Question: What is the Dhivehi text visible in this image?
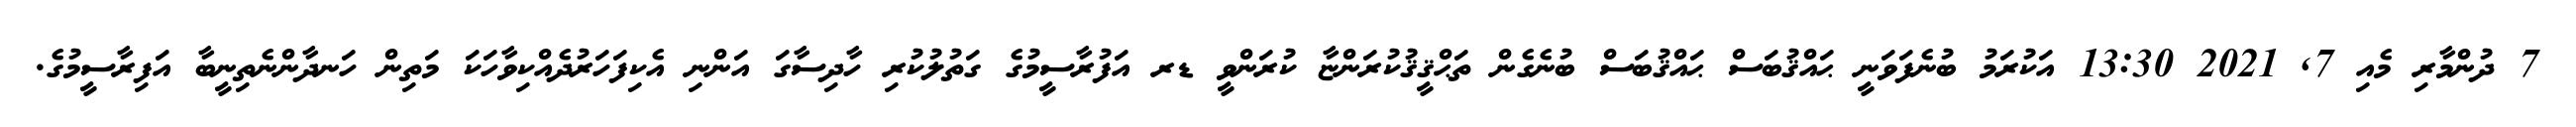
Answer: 7 ދުންމާރި މެއި 7, 2021 13:30 އަކުރަމު ބުނެފަވަނީ ޙައްޤުބަސް ޙައްޤުބަސް ބުނެގެން ތަޙްޤީޤުކުރަންޏާ ކުރަންވީ ޑރ އަފުރާސީމުގެ ގަތުލުކުރި ހާދިސާގަ އަންނި އެކިފަހަރުދެއްކިވާހަކަ މަތިން ހަނދާންނެތިނީބާ އަފިރާސީމުގެ.